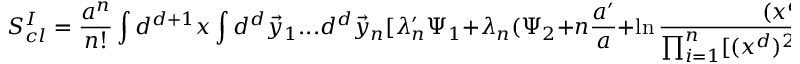
S _ { c l } ^ { I } = \frac { a ^ { n } } { n ! } \int d ^ { d + 1 } x \int d ^ { d } \vec { y } _ { 1 } . . . d ^ { d } \vec { y } _ { n } [ \lambda _ { n } ^ { \prime } \Psi _ { 1 } + \lambda _ { n } ( \Psi _ { 2 } + n \frac { a ^ { \prime } } { a } + \ln \frac { ( x ^ { d } ) ^ { n } } { \prod _ { i = 1 } ^ { n } [ ( x ^ { d } ) ^ { 2 } + | \vec { x } - \vec { y _ { i } } | ^ { 2 } ] } ) ]